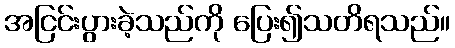
အငြင်းပွားခဲ့သည်ကို ပြေး၍သတိရသည်။